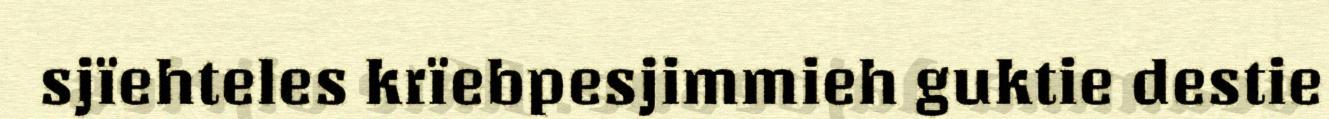
sjïehteles krïebpesjimmieh guktie destie